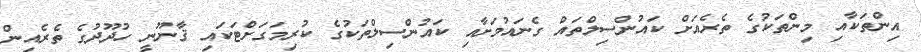
އިންތަކާއި މިންތަކުގެ ތެރެއަށް ކައުންސިލްތައް ގެނައުމަށާއި ކައުންސިލްތަކުގެ ކުރިމަގަށްޓަކައި ޤާނޫނީ ހުދޫދުގެ ތެރެއިން